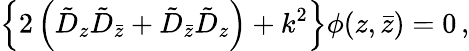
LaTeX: \left\{ 2\left(\tilde{D}_{z}\tilde{D}_{\bar{z}}+\tilde{D}_{\bar{z}}\tilde{D}_{z}\right)+k^{2}\right\} \phi(z,\bar{z})=0\, ,